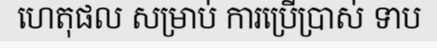
ហេតុផល សម្រាប់ ការប្រើប្រាស់ ទាប